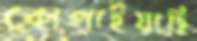
কোপাইয়াছি